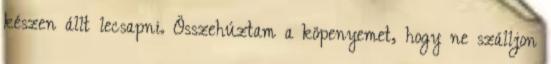
készen állt lecsapni. Összehúztam a köpenyemet, hogy ne szálljon